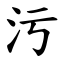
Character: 污